Annual report on the mental hospital in the Central Provinces and Berar (Nagpur) - 1927-1951
Year: 1927
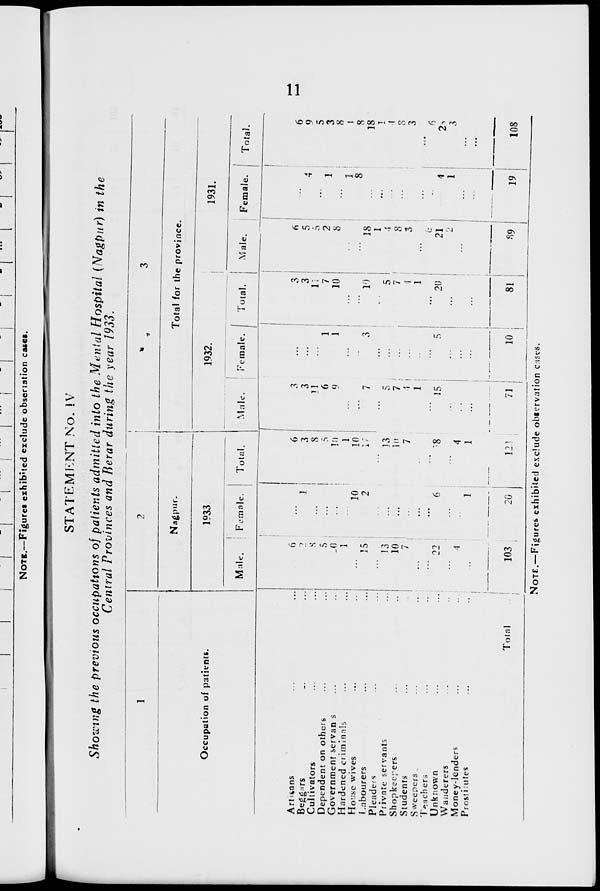
11
STATEMENT No. IV
Showing the previous occupations of patients admitted into the Mental Hospital (Nagpur) in the
Central Provinces and Berar during the year 1933.
1
Occupation of patients.
Artisans ... ...
Beggars ... ...
Cultivators ... ...
Dependent on others ... ...
Government servants ... ...
Hardened criminals ... ...
House wives ... ...
Labourers ... ...
Pleaders ... ...
Private servants ... ...
Shopkeepers ... ...
Students ... ...
Sweepers ... ...
Teachers ... ...
Unknown ... ...
Wanderers ... ...
Money-lenders ... ...
Prostitutes ... ...
Total
...
2
Nagpur.
1933.
Male.
6
2
8
5
10
1
...
15
...
13
10
7
...
...
22
...
4
...
103
Female.
...
1
...
...
...
...
10
2
...
...
...
...
...
...
6
...
...
1
20
Total.
6
3
8
5
10
1
10
17
...
13
10
7
...
...
28
...
4
1
123
3
Total for the province.
1932.
Male.
3
3
11
6
9
...
...
7
...
5
7
4
1
...
15
...
...
...
71
Female.
...
...
...
1
1
...
...
3
...
...
...
...
...
...
5
...
...
...
10
Total.
3
3
11
7
10
...
...
10
...
5
7
4
1
...
20
...
...
...
81
1931.
Male.
6
5
5
2
8
...
...
18
1
4
8
3
...
6
21
2
...
...
89
Female.
...
4
...
1
...
1
8
...
...
...
...
...
...
...
4
1
...
...
19
Total.
6
9
5
3
8
1
8
18
1
4
8
3
...
6
25
3
...
...
108
NOTE.—Figures exhibited exclude observation cases.